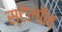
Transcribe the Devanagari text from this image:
स्टेलॉन